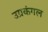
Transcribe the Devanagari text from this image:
उग्रकंगल